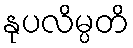
နုပလိမ္ပတိ